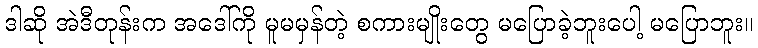
ဒါဆို အဲဒီတုန်းက အဒေါ်ကို မူမမှန်တဲ့ စကားမျိုးတွေ မပြောခဲ့ဘူးပေါ့ မပြောဘူး။